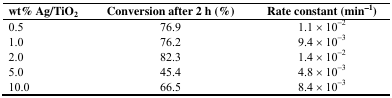
<table><thead><tr><td><b>wt% Ag/TiO<sub>2</sub></b></td><td><b>Conversion after 2 h (%)</b></td><td><b>Rate constant (min<sup>−1</sup>)</b></td></tr></thead><tbody><tr><td>0.5</td><td>76.9</td><td>1.1 × 10<sup>−2</sup></td></tr><tr><td>1.0</td><td>76.2</td><td>9.4 × 10<sup>−3</sup></td></tr><tr><td>2.0</td><td>82.3</td><td>1.4 × 10<sup>−2</sup></td></tr><tr><td>5.0</td><td>45.4</td><td>4.8 × 10<sup>−3</sup></td></tr><tr><td>10.0</td><td>66.5</td><td>8.4 × 10<sup>−3</sup></td></tr></tbody></table>